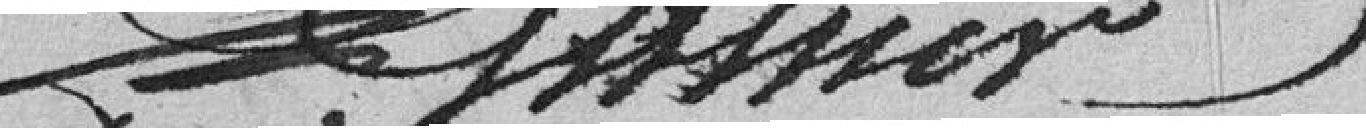
Wasner